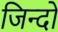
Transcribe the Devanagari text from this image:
जिन्दों